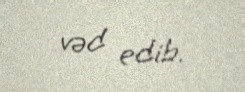
vəd edib.